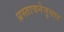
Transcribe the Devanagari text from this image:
प्रस्तावनेनुसार